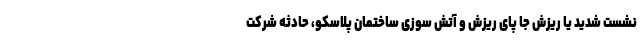
نشست شدید یا ریزش جا پای ریزش و آتش سوزی ساختمان پلاسکو، حادثه شرکت